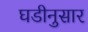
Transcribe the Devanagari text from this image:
घडीनुसार